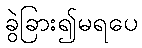
ခွဲခြား၍မရပေ